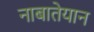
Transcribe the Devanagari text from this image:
नाबातेयान